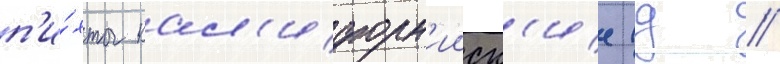
п'и́хты кал'ифорн'ииск'ие (д //